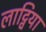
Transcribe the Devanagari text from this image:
लाट्विया